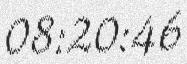
08:20:46